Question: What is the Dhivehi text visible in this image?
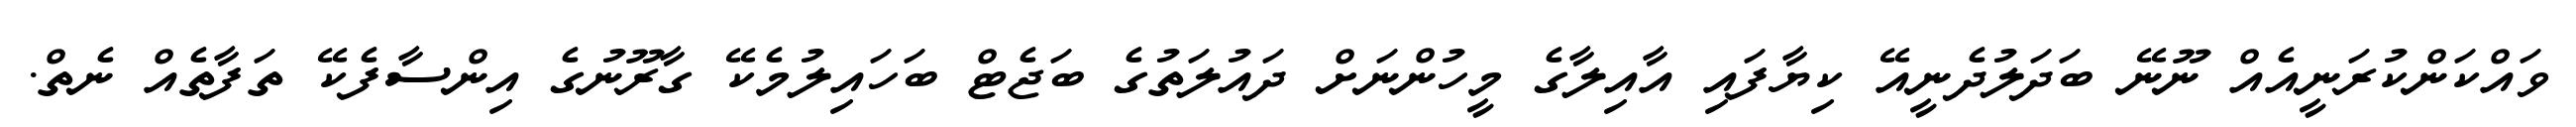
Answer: ވައްކަންކުރަނީއެއް ނޫނޭ ބަދަލުދެނީއޭ ކިޔާފައި އާއިލާގެ މީހުންނަށް ދައުލަތުގެ ބަޖެޓް ބަހައިލުމެކޭ ގާރޫނުގެ އިންސާފެކޭ ތަފާތެއް ނެތް.